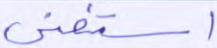
استغنى